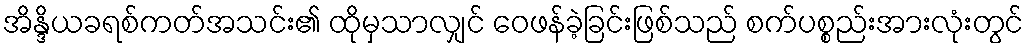
အိန္ဒိယခရစ်ကတ်အသင်း၏ ထိုမှသာလျှင် ဝေဖန်ခဲ့ခြင်းဖြစ်သည် စက်ပစ္စည်းအားလုံးတွင်